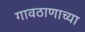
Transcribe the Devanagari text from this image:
गावठाणाच्या